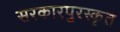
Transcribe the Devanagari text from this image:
सरकारपुरस्कृत